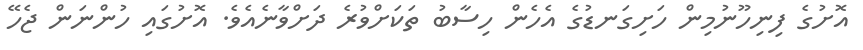
އޮށުގެ ފިނިހޫނުމިން ހަށިގަނޑުގެ އެހެން ހިސާބު ތަކަށްވުރެ ދަށްވާނެއެވެ. އޮށުގައި ހުންނަން ޖެހޭ